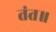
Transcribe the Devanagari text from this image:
तंत॥